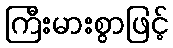
ကြီးမားစွာဖြင့်